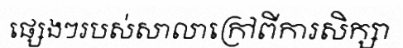
ផ្សេងៗរបស់សាលាក្រៅពីការសិក្សា